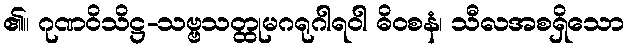
၏။ ဂုဏဝိသိဋ္ဌ-သဗ္ဗသတ္ထုမဂရုဂါရဝါ ဓိဝစနံ၊ သီလအစရှိသော